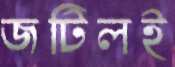
জটিলই